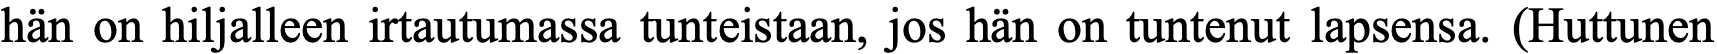
hän on hiljalleen irtautumassa tunteistaan, jos hän on tuntenut lapsensa. (Huttunen